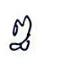
ឰ